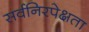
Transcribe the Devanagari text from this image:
सर्वनिरपेक्षता